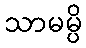
သာမမ္ပိ